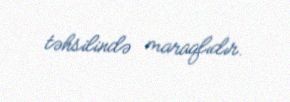
təhsilində maraqlıdır.